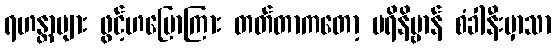
ရဟန္တာများ ဖွင့်ဟပြောကြား တတ်တာကတော့ ပရိနိဗ္ဗာန် စံခါနီးမှာသာ